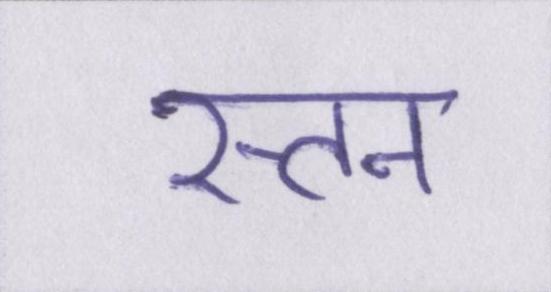
स्तन